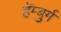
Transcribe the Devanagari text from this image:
हॅम्बुर्ग